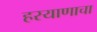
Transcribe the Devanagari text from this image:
हरयाणाचा